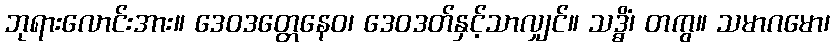
ဘုရားလောင်းအား။ ဒေဝဒတ္တေနေဝ၊ ဒေဝဒတ်နှင့်သာလျှင်။ သဒ္ဓိံ၊ တကွ။ သမာဂမော၊